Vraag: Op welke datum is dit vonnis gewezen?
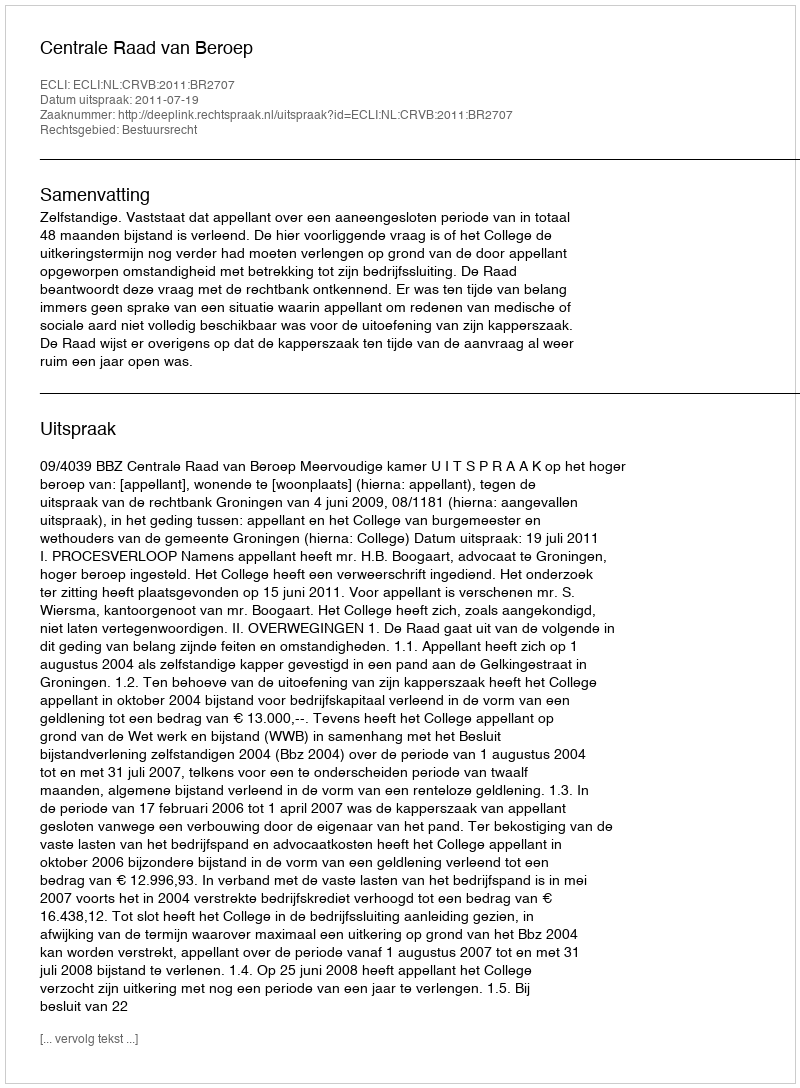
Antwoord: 2011-07-19